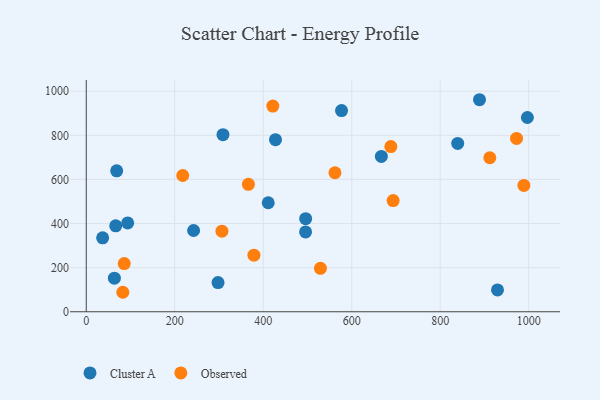
{"axis": {"x": "Price", "y": "Fuel Efficiency"}, "legend": ["Cluster A", "Observed"], "data": [{"x": "495.9", "y": 421.9, "type": "Cluster A"}, {"x": "427.7", "y": 780.4, "type": "Cluster A"}, {"x": "667.0", "y": 704.5, "type": "Cluster A"}, {"x": "839.5", "y": 763.4, "type": "Cluster A"}, {"x": "93.6", "y": 402.7, "type": "Cluster A"}, {"x": "888.8", "y": 961.4, "type": "Cluster A"}, {"x": "997.0", "y": 880.9, "type": "Cluster A"}, {"x": "63.6", "y": 152.1, "type": "Cluster A"}, {"x": "309.0", "y": 802.8, "type": "Cluster A"}, {"x": "242.6", "y": 368.3, "type": "Cluster A"}, {"x": "495.7", "y": 361.9, "type": "Cluster A"}, {"x": "37.0", "y": 335.4, "type": "Cluster A"}, {"x": "66.6", "y": 389.4, "type": "Cluster A"}, {"x": "411.3", "y": 494.2, "type": "Cluster A"}, {"x": "929.5", "y": 98.9, "type": "Cluster A"}, {"x": "577.0", "y": 912.4, "type": "Cluster A"}, {"x": "297.8", "y": 132.4, "type": "Cluster A"}, {"x": "68.8", "y": 639.0, "type": "Cluster A"}, {"x": "218.1", "y": 617.7, "type": "Observed"}, {"x": "562.1", "y": 630.3, "type": "Observed"}, {"x": "989.1", "y": 572.6, "type": "Observed"}, {"x": "366.5", "y": 577.7, "type": "Observed"}, {"x": "306.7", "y": 365.5, "type": "Observed"}, {"x": "529.3", "y": 196.7, "type": "Observed"}, {"x": "82.6", "y": 88.3, "type": "Observed"}, {"x": "379.0", "y": 256.6, "type": "Observed"}, {"x": "972.5", "y": 785.8, "type": "Observed"}, {"x": "688.4", "y": 748.9, "type": "Observed"}, {"x": "421.6", "y": 932.5, "type": "Observed"}, {"x": "912.1", "y": 698.2, "type": "Observed"}, {"x": "693.6", "y": 503.9, "type": "Observed"}, {"x": "85.8", "y": 218.3, "type": "Observed"}]}